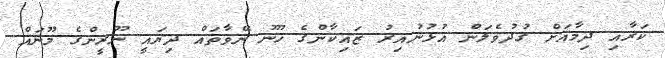
ކަރާއި ދިމާއަށް ގުދުވެލަން އުޅުނުއިރު ޒައިކާންގެ ހޫނު ނޭވާތައް ދިޔައީ ނޫރީންގެ މޫނައް